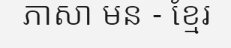
ភាសា មន - ខ្មែរ